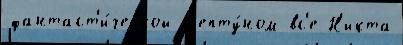
фантаст'и́ческой Н'епту́ном вс'е Н'икта